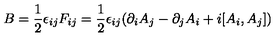
B = { \frac { 1 } { 2 } } \epsilon _ { i j } F _ { i j } = { \frac { 1 } { 2 } } \epsilon _ { i j } ( \partial _ { i } A _ { j } - \partial _ { j } A _ { i } + i [ A _ { i } , A _ { j } ] )